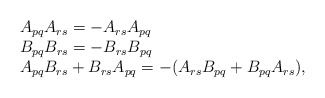
\begin{align*}\begin{array}{lcr}A_{pq} A_{rs}=-A_{rs}A_{pq}\\B_{pq}B_{rs}=-B_{rs}B_{pq} \\A_{pq}B_{rs}+B_{rs}A_{pq}=-(A_{rs}B_{pq}+B_{pq}A_{rs}) ,\end{array}\end{align*}